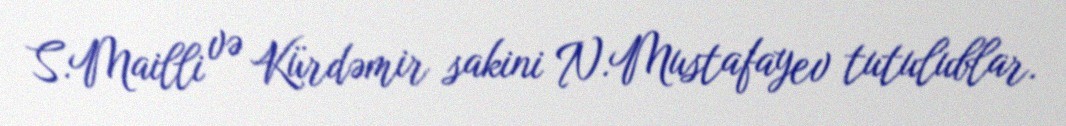
S.Mailli və Kürdəmir sakini N.Mustafayev tutulublar.